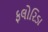
ફલોરિડા